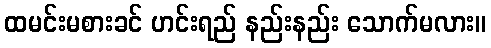
ထမင်းမစားခင် ဟင်းရည် နည်းနည်း သောက်မလား။